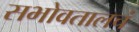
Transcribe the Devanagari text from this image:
सभोवतालचं